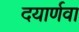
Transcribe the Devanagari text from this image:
दयार्णवा